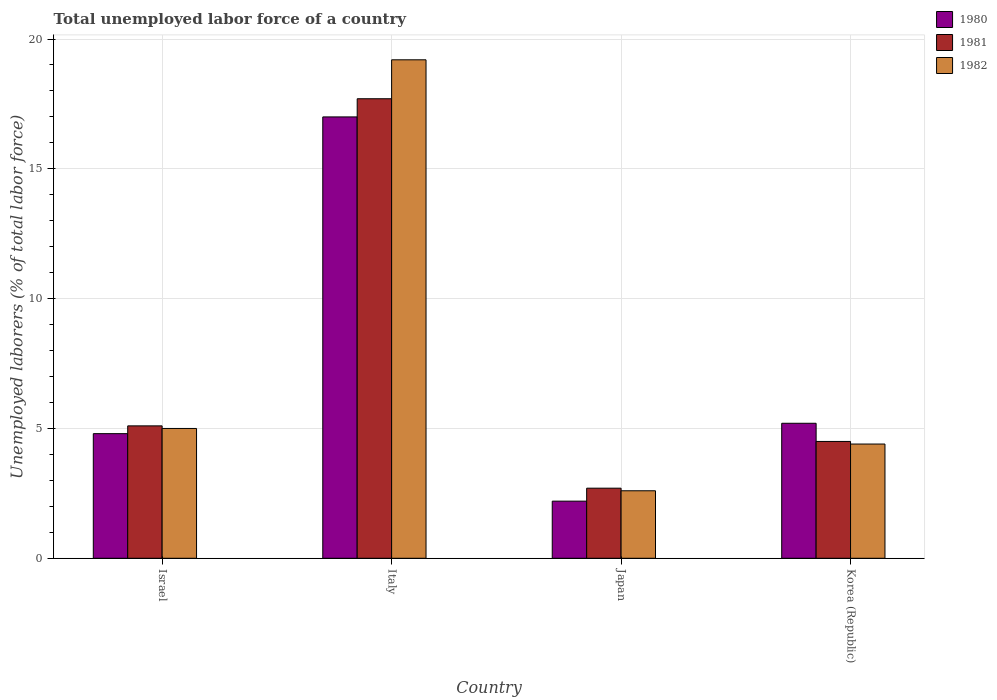
| Country | 1980 | 1981 | 1982 |
 | --- | --- | --- | --- |
 | Israel | 4.8 | 5.1 | 5 |
 | Italy | 17 | 17.7 | 19.2 |
 | Japan | 2.2 | 2.7 | 2.6 |
 | Korea (Republic) | 5.2 | 4.5 | 4.4 |